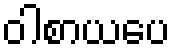
ဝါစာယပေ